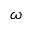
\omega